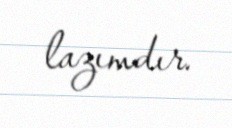
lazımdır.